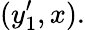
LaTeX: (y_{1}^{\prime},x).